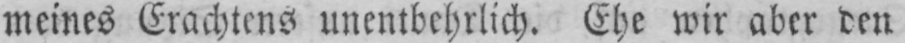
meines Erachtens unentbehrlich. Ehe wir aber den